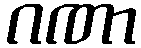
ဂဏာ